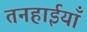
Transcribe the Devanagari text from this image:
तनहाईयाँ